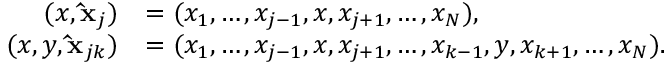
\begin{array} { r l } { ( x , \mathbf { \hat { x } } _ { j } ) } & { = ( x _ { 1 } , \dots , x _ { j - 1 } , x , x _ { j + 1 } , \dots , x _ { N } ) , } \\ { ( x , y , \mathbf { \hat { x } } _ { j k } ) } & { = ( x _ { 1 } , \dots , x _ { j - 1 } , x , x _ { j + 1 } , \dots , x _ { k - 1 } , y , x _ { k + 1 } , \dots , x _ { N } ) . } \end{array}